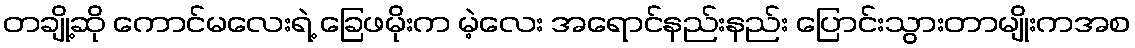
တချို့ဆို ကောင်မလေးရဲ့ ခြေဖမိုးက မဲ့လေး အရောင်နည်းနည်း ပြောင်းသွားတာမျိုးကအစ